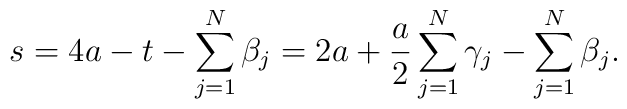
s=4a-t-\sum_{j=1}^{N}\beta_{j}=2a+\frac{a}{2}\sum_{j=1}^{N}\gamma_{j}-\sum_{j=1}^{N}\beta_{j}.